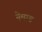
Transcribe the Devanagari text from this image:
नेमाड